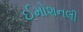
ઈમોશનલી